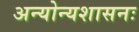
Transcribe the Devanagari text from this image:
अन्योन्यशासनः